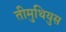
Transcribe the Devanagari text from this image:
तीमुथियुस